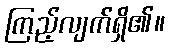
ကြည့်လျက်ရှိ၏။